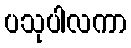
ပသုပါလကာ